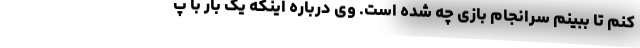
کنم تا ببینم سرانجام بازی چه شده است. وی درباره اینکه یک بار با پ